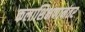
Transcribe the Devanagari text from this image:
कलाशिक्षणानंतर